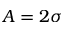
A = 2 \sigma